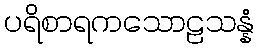
ပရိစာရကသောဠသန္နံ